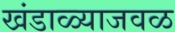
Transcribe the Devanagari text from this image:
खंडाळ्याजवळ